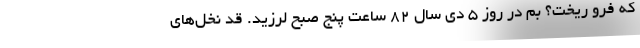
که فرو ریخت؟ بم در روز ۵ دی سال ۸۲ ساعت پنج صبح لرزید. قد نخل‌های